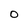
Character: o